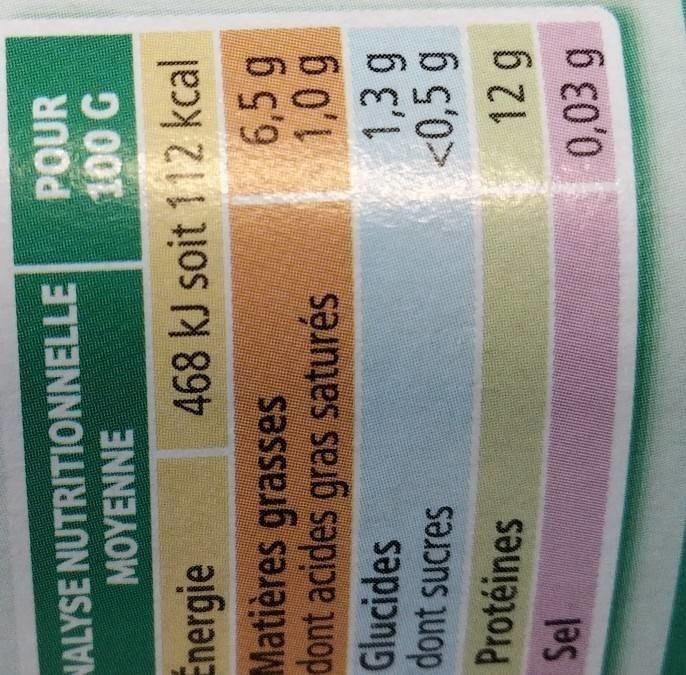
HALYSE NUTRITIONNELLE MOYENNE
POUR 100 G
Energie Matières grasses dont acides gras saturés
468 kJ soit 112 kcal 6,5 g 1,0 g
Glucides dont sucres
1,3 g <0,5 g
Protéines
12 g
Sel
0,03 g